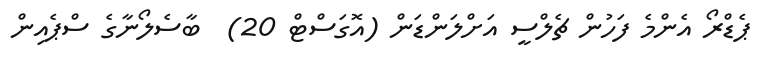
ޕެޑްރޯ އެންމެ ފަހުން ޗެލްސީ އަށްލަންޑަން (އޮގަސްޓް 20)  ބާސެލޯނާގެ ސްޕެއިން